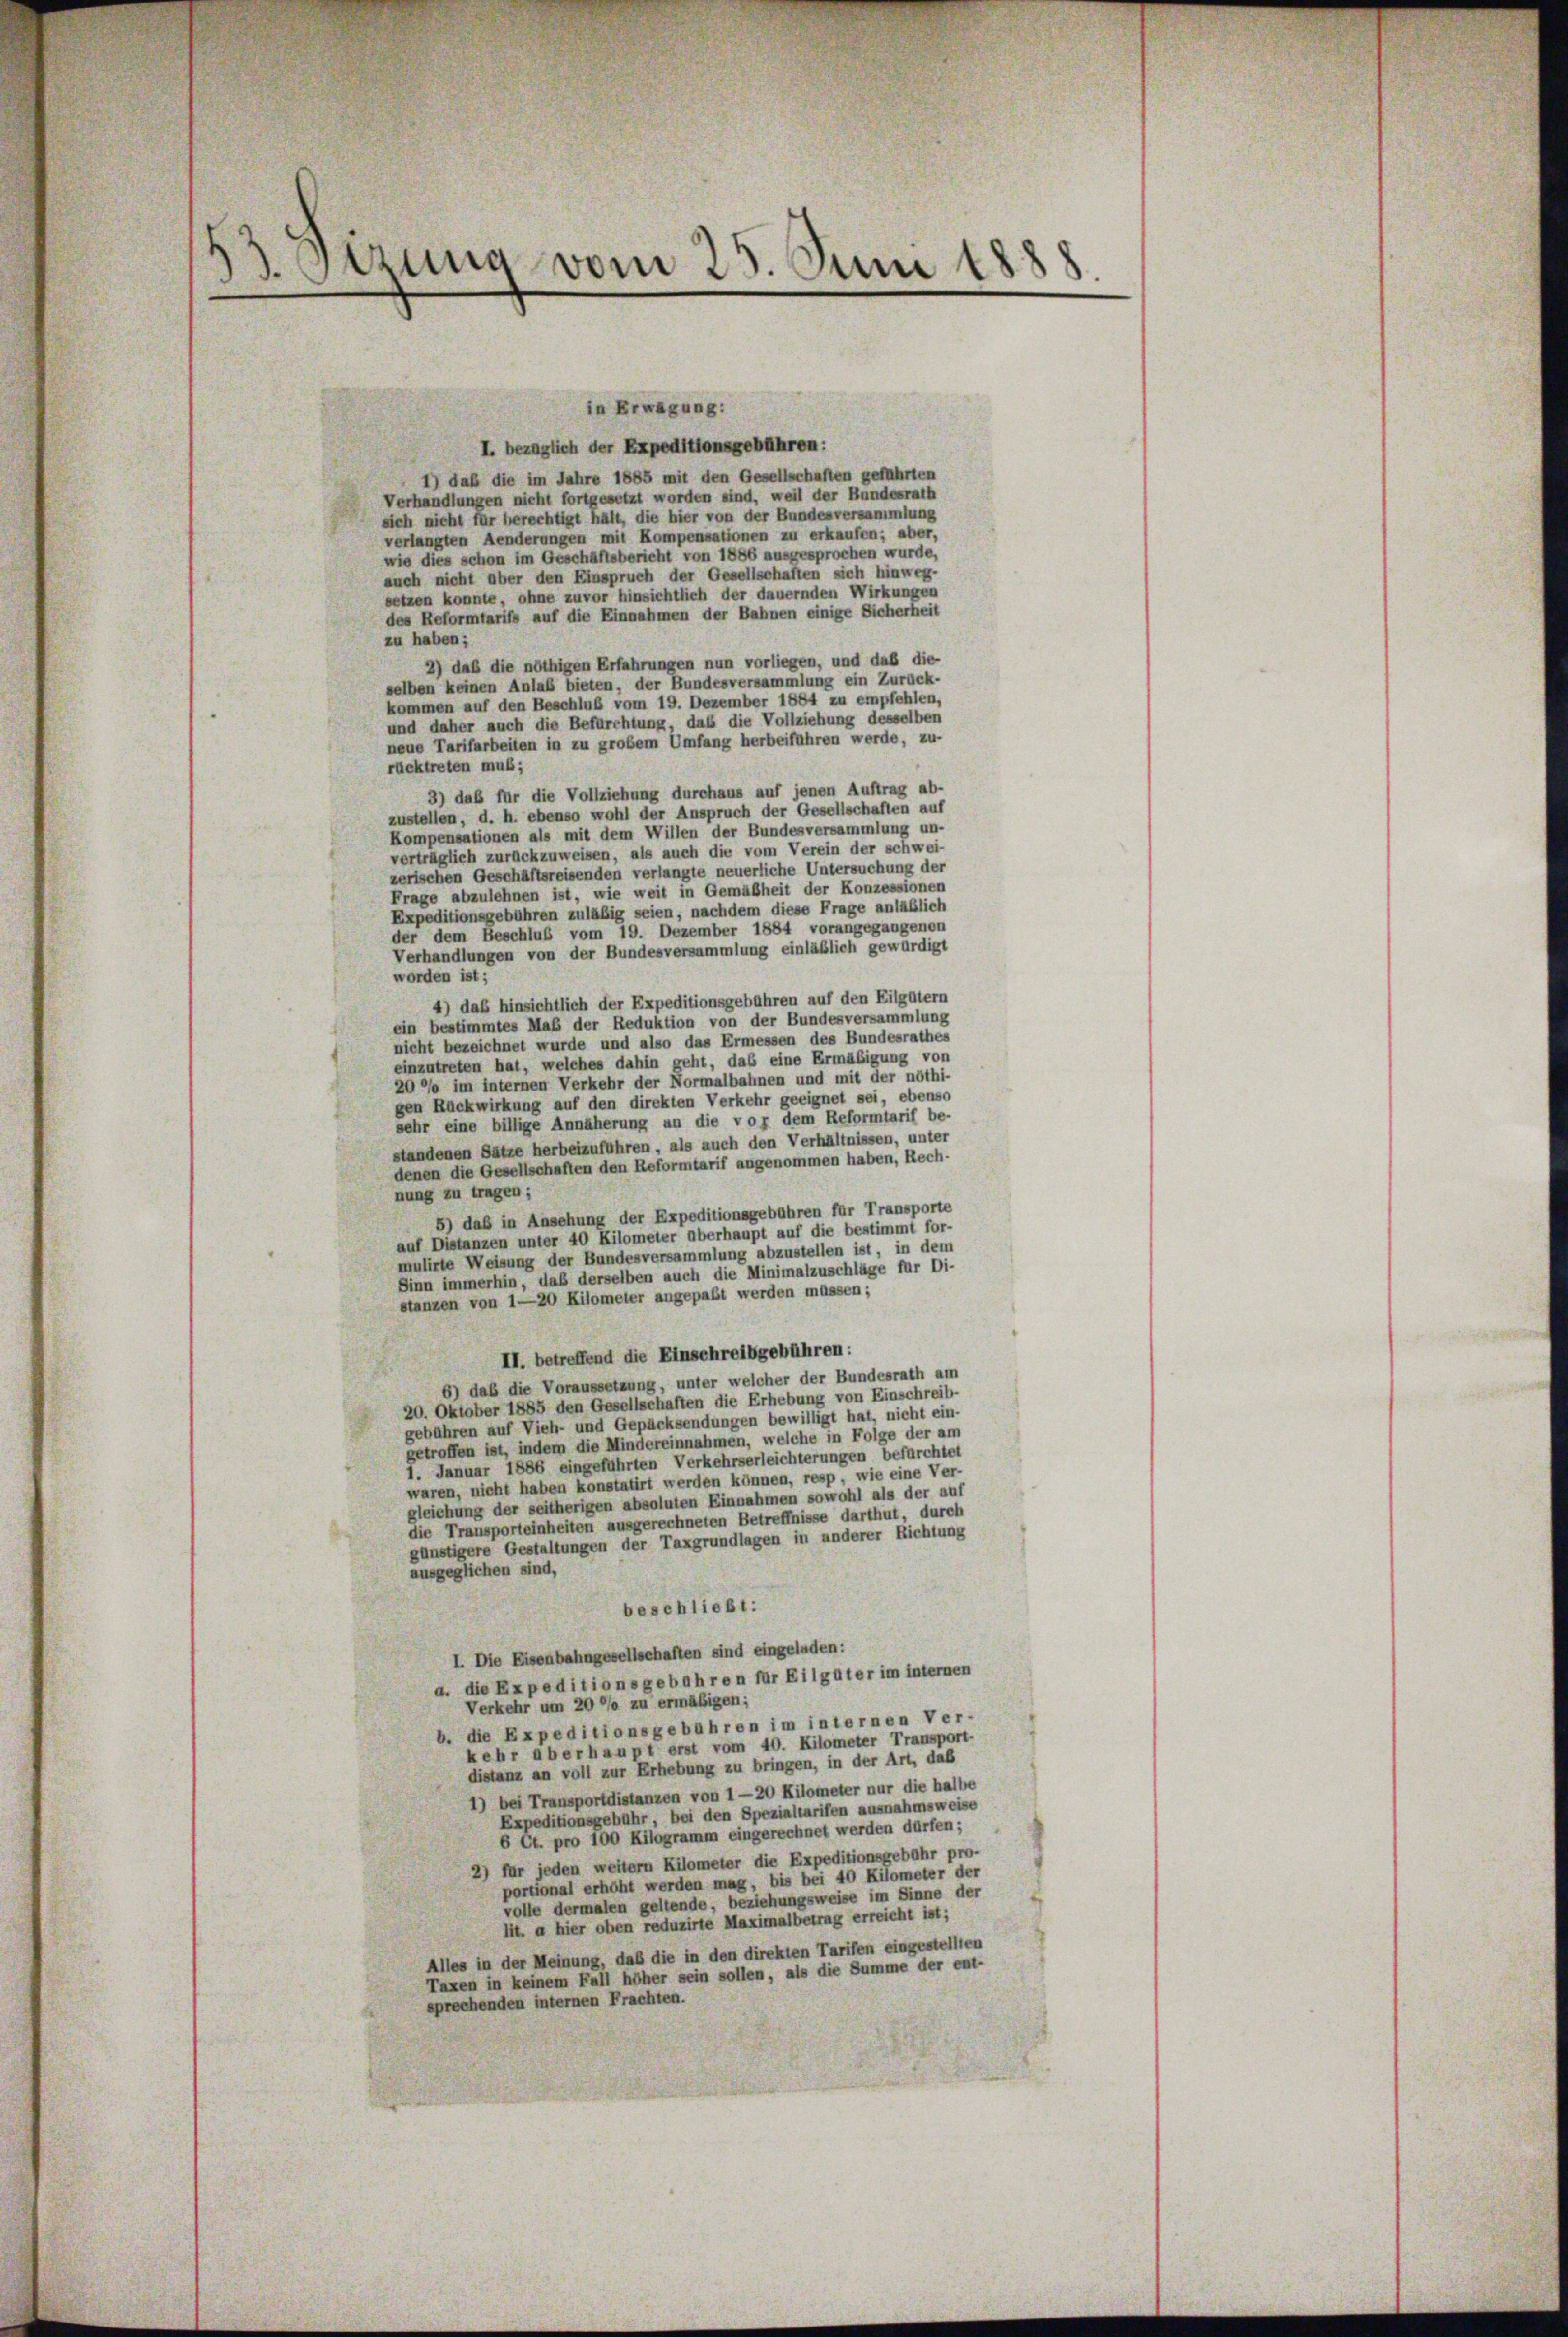
3. Sizung vom 25. Juni 1888.

in Erwägung:
I. bezüglich der Expeditionsgebühren:
1) daß die im Jahre 1885 mit den Gesellschaften geführten
Verhandlungen nicht fortgesetzt worden sind, weil der Bundesrath
sich nicht für berechtigt hält, die hier von der Bundesversammlung
verlangten Aenderungen mit Kompensationen zu erkaufen; aber,
wie dies schon im Geschäftsbericht von 1886 ausgesprochen wurde,
auch nicht aber den Einspruch der Gesellschaften sich hinweg-
setzen konnte, ohne zuvor hinsichtlich der dauernden Wirkungen
des Reformtarifs auf die Einnahmen der Bahnen einige Sicherheit
zu haben;
2) daß die nöthigen Erfahrungen nun vorliegen, und daß die-
selben keinen Anlaß bieten, der Bundesversammlung ein Zurück.
kommen auf den Beschluß vom 19. Dezember 1884 zu empfehlen,
und daher auch die Befürchtung, daß die Vollziehung desselben
neue Tarifarbeiten in zu großem Umfang herbeiführen werde, zu-
rücktreten muß;
3) daß für die Vollziehung durchaus auf jenen Auftrag ab-
zustellen, d. h. ebenso wohl der Anspruch der Gesellschaften auf
Kompensationen als mit dem Willen der Bundesversammlung un-
verträglich zurückzuweisen, als auch die vom Verein der schwei-
zerischen Geschäftsreisenden verlangte neuerliche Untersuchung der
Frage abzulehnen ist, wie weit in Gemäßheit der Konzessionen
Expeditionsgebühren zuläßig seien, nachdem diese Frage anläßlich
der dem Beschluß vom 19. Dezember 1884 vorangegangenen
Verhandlungen von der Bundesversammlung einläßlich gewürdigt
worden ist;
4) das hinsichtlich der Expeditionsgebühren auf den Eilgütern
ein bestimmtes Maß der Reduktion von der Bundesversammlung
nicht bezeichnet wurde und also das Ermessen des Bundesrathes
einzutreten hat, welches dahin geht, das eine Ermäßigung von
20 % im internen Verkehr der Normalbahnen und mit der nöthi-
gen Rückwirkung auf den direkten Verkehr geeignet sei, ebenso
sehr eine billige Annäherung an die vor dem Reformtarif be-
standenen Sätze herbeizuführen, als auch den Verhältnissen, unter
denen die Gesellschaften den Reformtarif angenommen haben, Rech-
nung zu tragen;
5) daß in Ansehung der Expeditionsgebühren für Transporte
auf Distanzen unter 40 Kilometer überhaupt auf die bestimmt for-
mulirte Weisung der Bundesversammlung abzustellen ist, in dem
Sinn immerhin, daß derselben auch die Minimalzuschläge für Di-
stanzen von 1—20 Kilometer angepaßt werden müssen;
II. betreffend die Einschreibgebühren:
6) daß die Voraussetzung, unter welcher der Bundesrath am
20. Oktober 1885 den Gesellschaften die Erhebung von Einschreib-
gebühren auf Vieh- und Gepäcksendungen bewilligt hat, nicht ein-
getroffen ist, indem die Mindereinnahmen, welche in Folge der am
1. Januar 1886 eingeführten Verkehrserleichterungen befürchtet
waren, nicht haben konstatirt werden können, resp, wie eine Ver-
gleichung der seitherigen absoluten Einnahmen sowohl als der auf
die Transporteinheiten ausgerechneten Betreffnisse darthut, durch
günstigere Gestaltungen der Taxgrundlagen in anderer Richtung
ausgeglichen sind,
beschließt:
I. Die Eisenbahngesellschaften sind eingeladen:
a. die Expeditionsgebahren für Eilgüter im internen
Verkehr um 20 °/o zu ermäßigen;
b. die Expeditionsgebühren im internen Ver-
kehr aberhaupt erst vom 40. Kilometer Transport-
distanz an voll zur Erhebung zu bringen, in der Art, daß
1) bei Transportdistanzen von 1—20 Kilometer nur die halbe
Expeditionsgebühr, bei den Spezialtarifen ausnahmsweise
6 Ct. pro 100 Kilogramm eingerechnet werden dürfen;
2) für jeden weitern Kilometer die Expeditionsgebahr pro-
portional erhöht werden mag, bis bei 40 Kilometer der
volle dermalen geltende, beziehungsweise im Sinne der
lit. a hier oben reduzirte Maximalbetrag erreicht ist;
Alles in der Meinung, daß die in den direkten Tarifen eingestellten
Taxen in keinem Fall höher sein sollen, als die Summe der ent-
sprechenden internen Frachten.